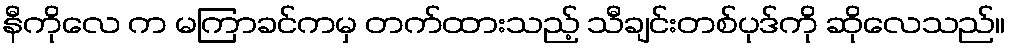
နီကိုလေ က မကြာခင်ကမှ တက်ထားသည့် သီချင်းတစ်ပုဒ်ကို ဆိုလေသည်။